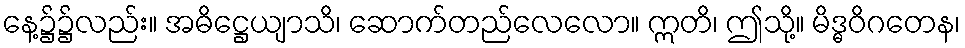
နေ့၌၌လည်း။ အဓိဋ္ဌေယျာသိ၊ ဆောက်တည်လေလော။ ဣတိ၊ ဤသို့။ မိဒ္ဓဝိဂတေန၊